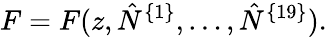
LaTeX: F=F(z,\hat{N}^{\{ 1\} },\ldots,\hat{N}^{\{ 19\} }).